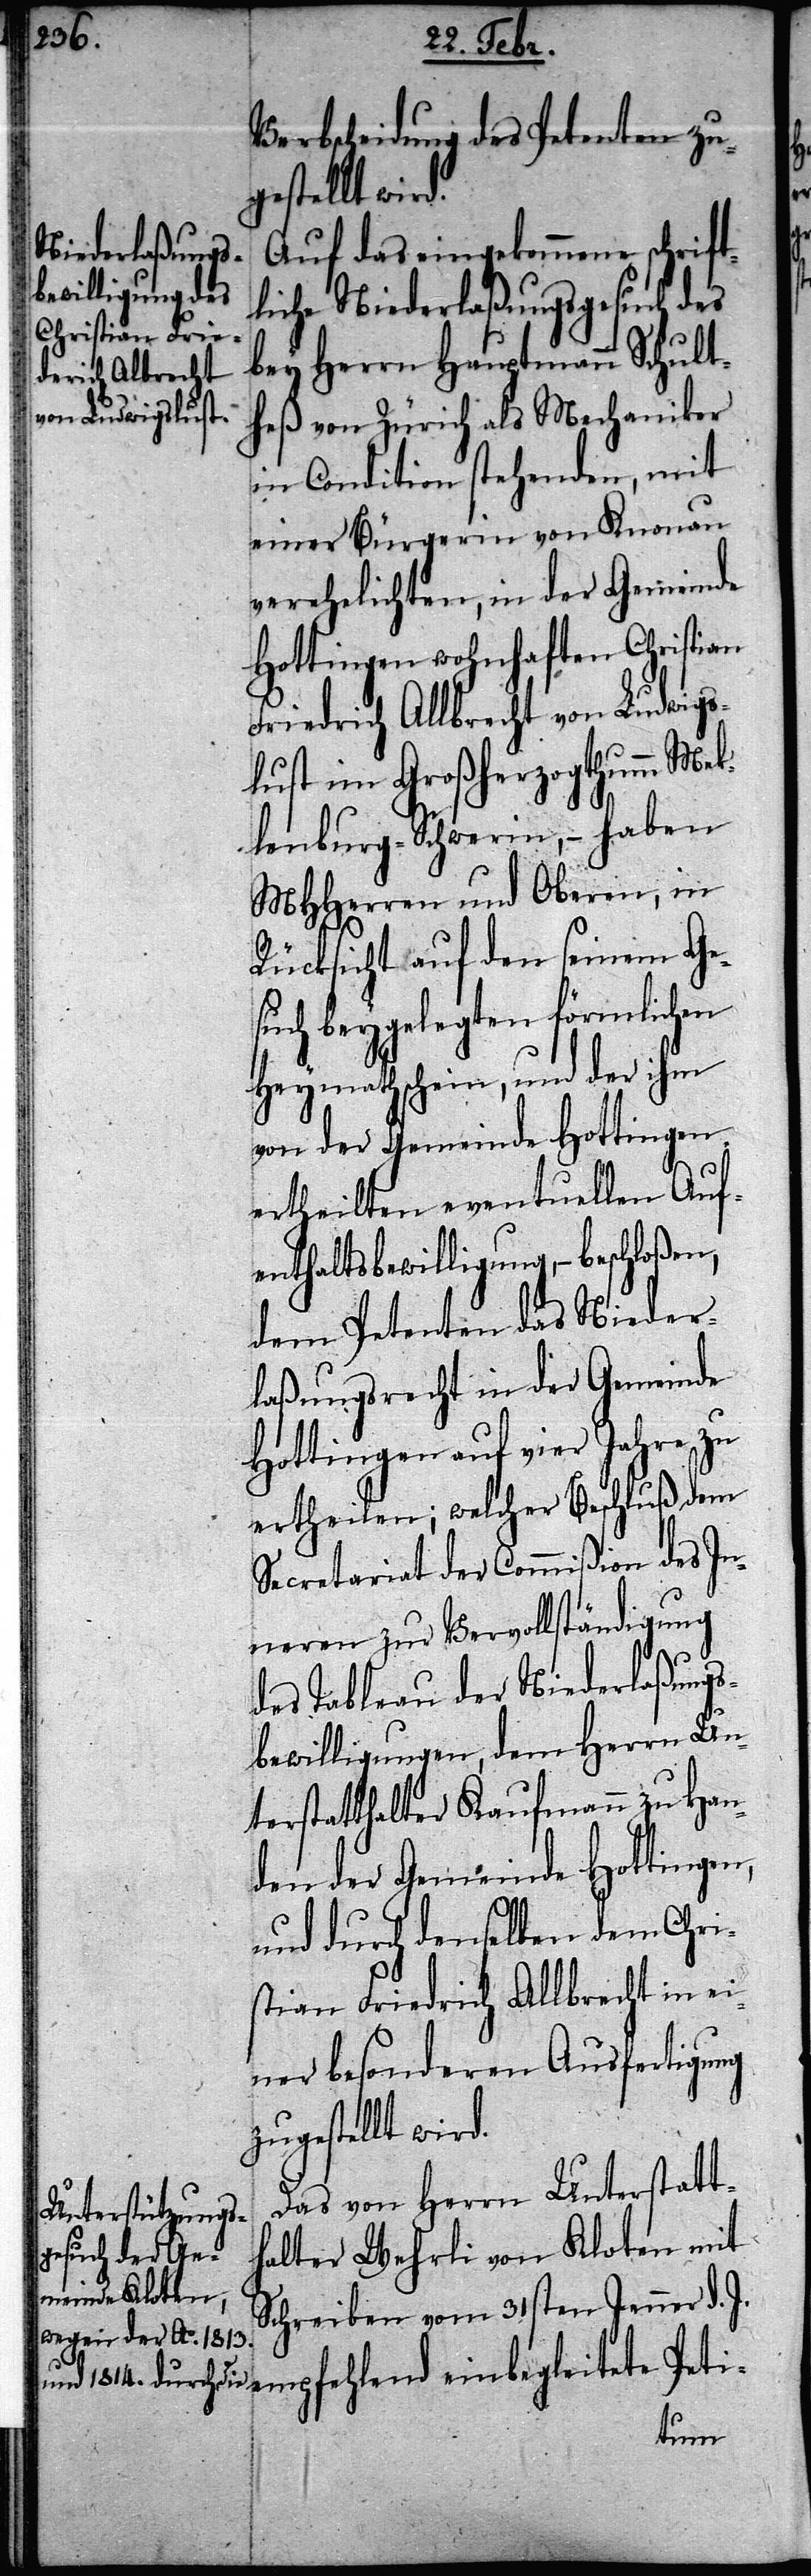
Verbscheidung des Petenten zu¬
Auf das eingekommene schrift¬
liche Niederlaßungsgesuch des
bey Herrn Hauptmann Schult¬
von Ludwigs¬
heß von Zürich als Mechaniker
in Condition stehenden, mit
einer Bürgerin von Knonau
verehelichten, in der Gemeinde
Hottingen wohnhaften Christian
lust im Großherzogthumm Mek¬
lenburg-Schwerin, – haben
MHHerren und Oberen, in
Rücksicht auf den seinem Ge¬
such beygelegten förmlichen
Heymathschein, und der ihm
von der Gemeinde Hottingen
ertheilten eventuellen Auf¬
enthaltsbewilligung, – beschloßen,
dem Petenten das Nieder¬
laßungsrecht in der Gemeinde
Hottingen auf vier Jahre zu
ertheilen; welcher Beschluß dem
Secretariat der Commißion des In¬
neren zur Vervollständigung
des Tableau der Niederlaßungs¬
bewilligungen, dem Herrn Un¬
terstatthalter Kaufmann zu Han¬
den der Gemeinde Hottingen,
und durch denselben dem Chri¬
stian Friedrich Allbrecht in ei¬
ner besonderen Ausfertigung
zugestellt wird.
Das von Herrn Unterstatt¬
halter Wehrli von Kloten mit
Schreiben vom 31sten Jenner d. J.
empfehlend einbegleitete Peti-